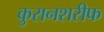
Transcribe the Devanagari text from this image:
कुरानशरीफ